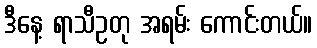
ဒီနေ့ ရာသီဥတု အရမ်း ကောင်းတယ်။